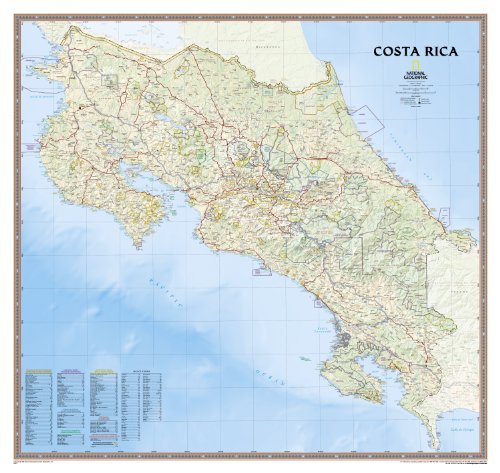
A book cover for Costa Rica [Laminated] (National Geographic Reference Map); National Geographic Maps - Reference; Travel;